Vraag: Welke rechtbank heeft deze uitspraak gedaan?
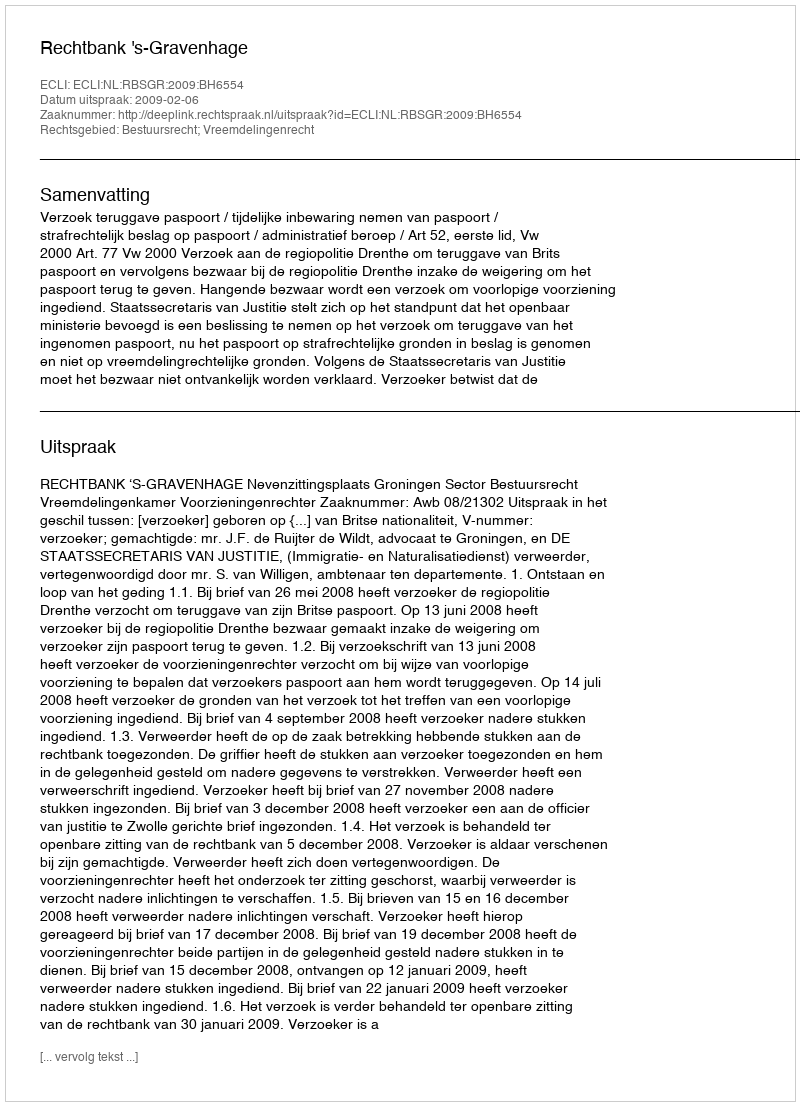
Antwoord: Rechtbank 's-Gravenhage